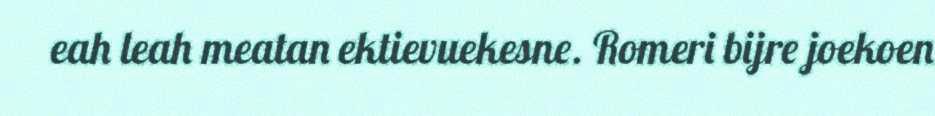
eah leah meatan ektievuekesne. Romeri bijre joekoen